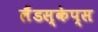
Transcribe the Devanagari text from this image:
लैंडस्केप्स